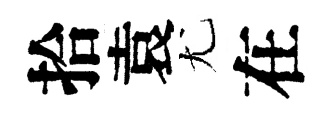
拾袁尤在